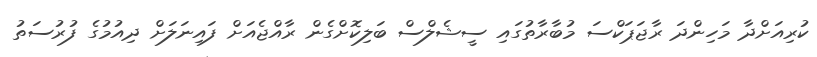
ކުރިއަށްދާ މަހިންދަ ރާޖަޕަކްސަ މުބާރާތުގައި ސީޝެލްސް ބަލިކޮށްގެން ރާއްޖެއަށް ފައިނަލަށް ދިއުމުގެ ފުރުސަތު